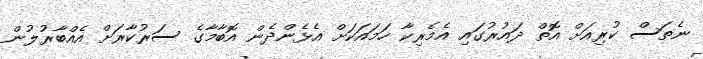
ނެތަސް ކުރިއަށް އޮތް ދައުރުގައި އެމެރިކާ ހަމައަކަށް އެޅެންދެން އޮބާމާގެ ސަރުކާރަށް އެއްބާރުލުން